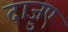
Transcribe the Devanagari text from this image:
दाज़ुए